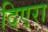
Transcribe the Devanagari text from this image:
दिएरा